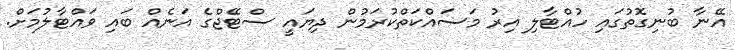
އޭނާ ބުނިގޮތުގައި ހުއްޓާލި އިރު މަސައްކަތްކުރަމުން ދިޔައީ ސްޓޭޖްގެ އަނެއް ބައި ވައްޓާލުމަށް.